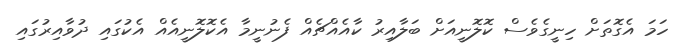
ހަމަ އެގޮތަށް ހިނީގެވެސް ކޮލޮނީއަށް ބަލާއިރު ކާއެއްޗެއް ފެނުނީމާ އެކޮލޮނީއެއް އެކުގައި ދުވާއިރުގައި